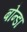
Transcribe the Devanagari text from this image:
बोन्डा